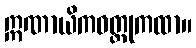
ဣဏာယိကဝတ္ထုကထာ။